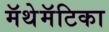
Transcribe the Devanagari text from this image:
मॅथेमॅटिका